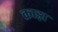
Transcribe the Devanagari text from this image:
क्राड़ा